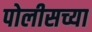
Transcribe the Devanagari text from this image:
पोलीसच्या